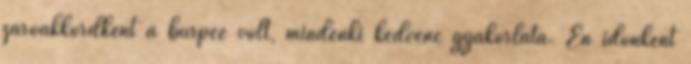
záróakkordként a burpee volt, mindenki kedvenc gyakorlata. Én időnként